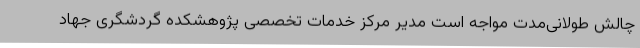
چالش طولانی‌مدت مواجه است مدیر مرکز خدمات تخصصی پژوهشکده گردشگری جهاد